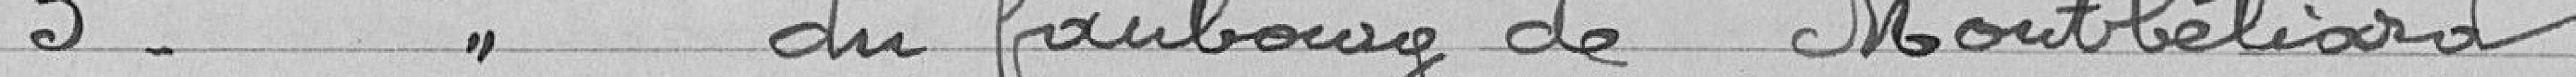
3° -   "   du faubourg de Montbéliard